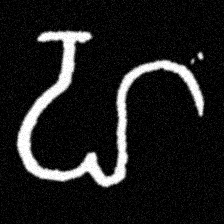
Pyu character \u2014 Myanmar letter: ဟ (romanized: ha)